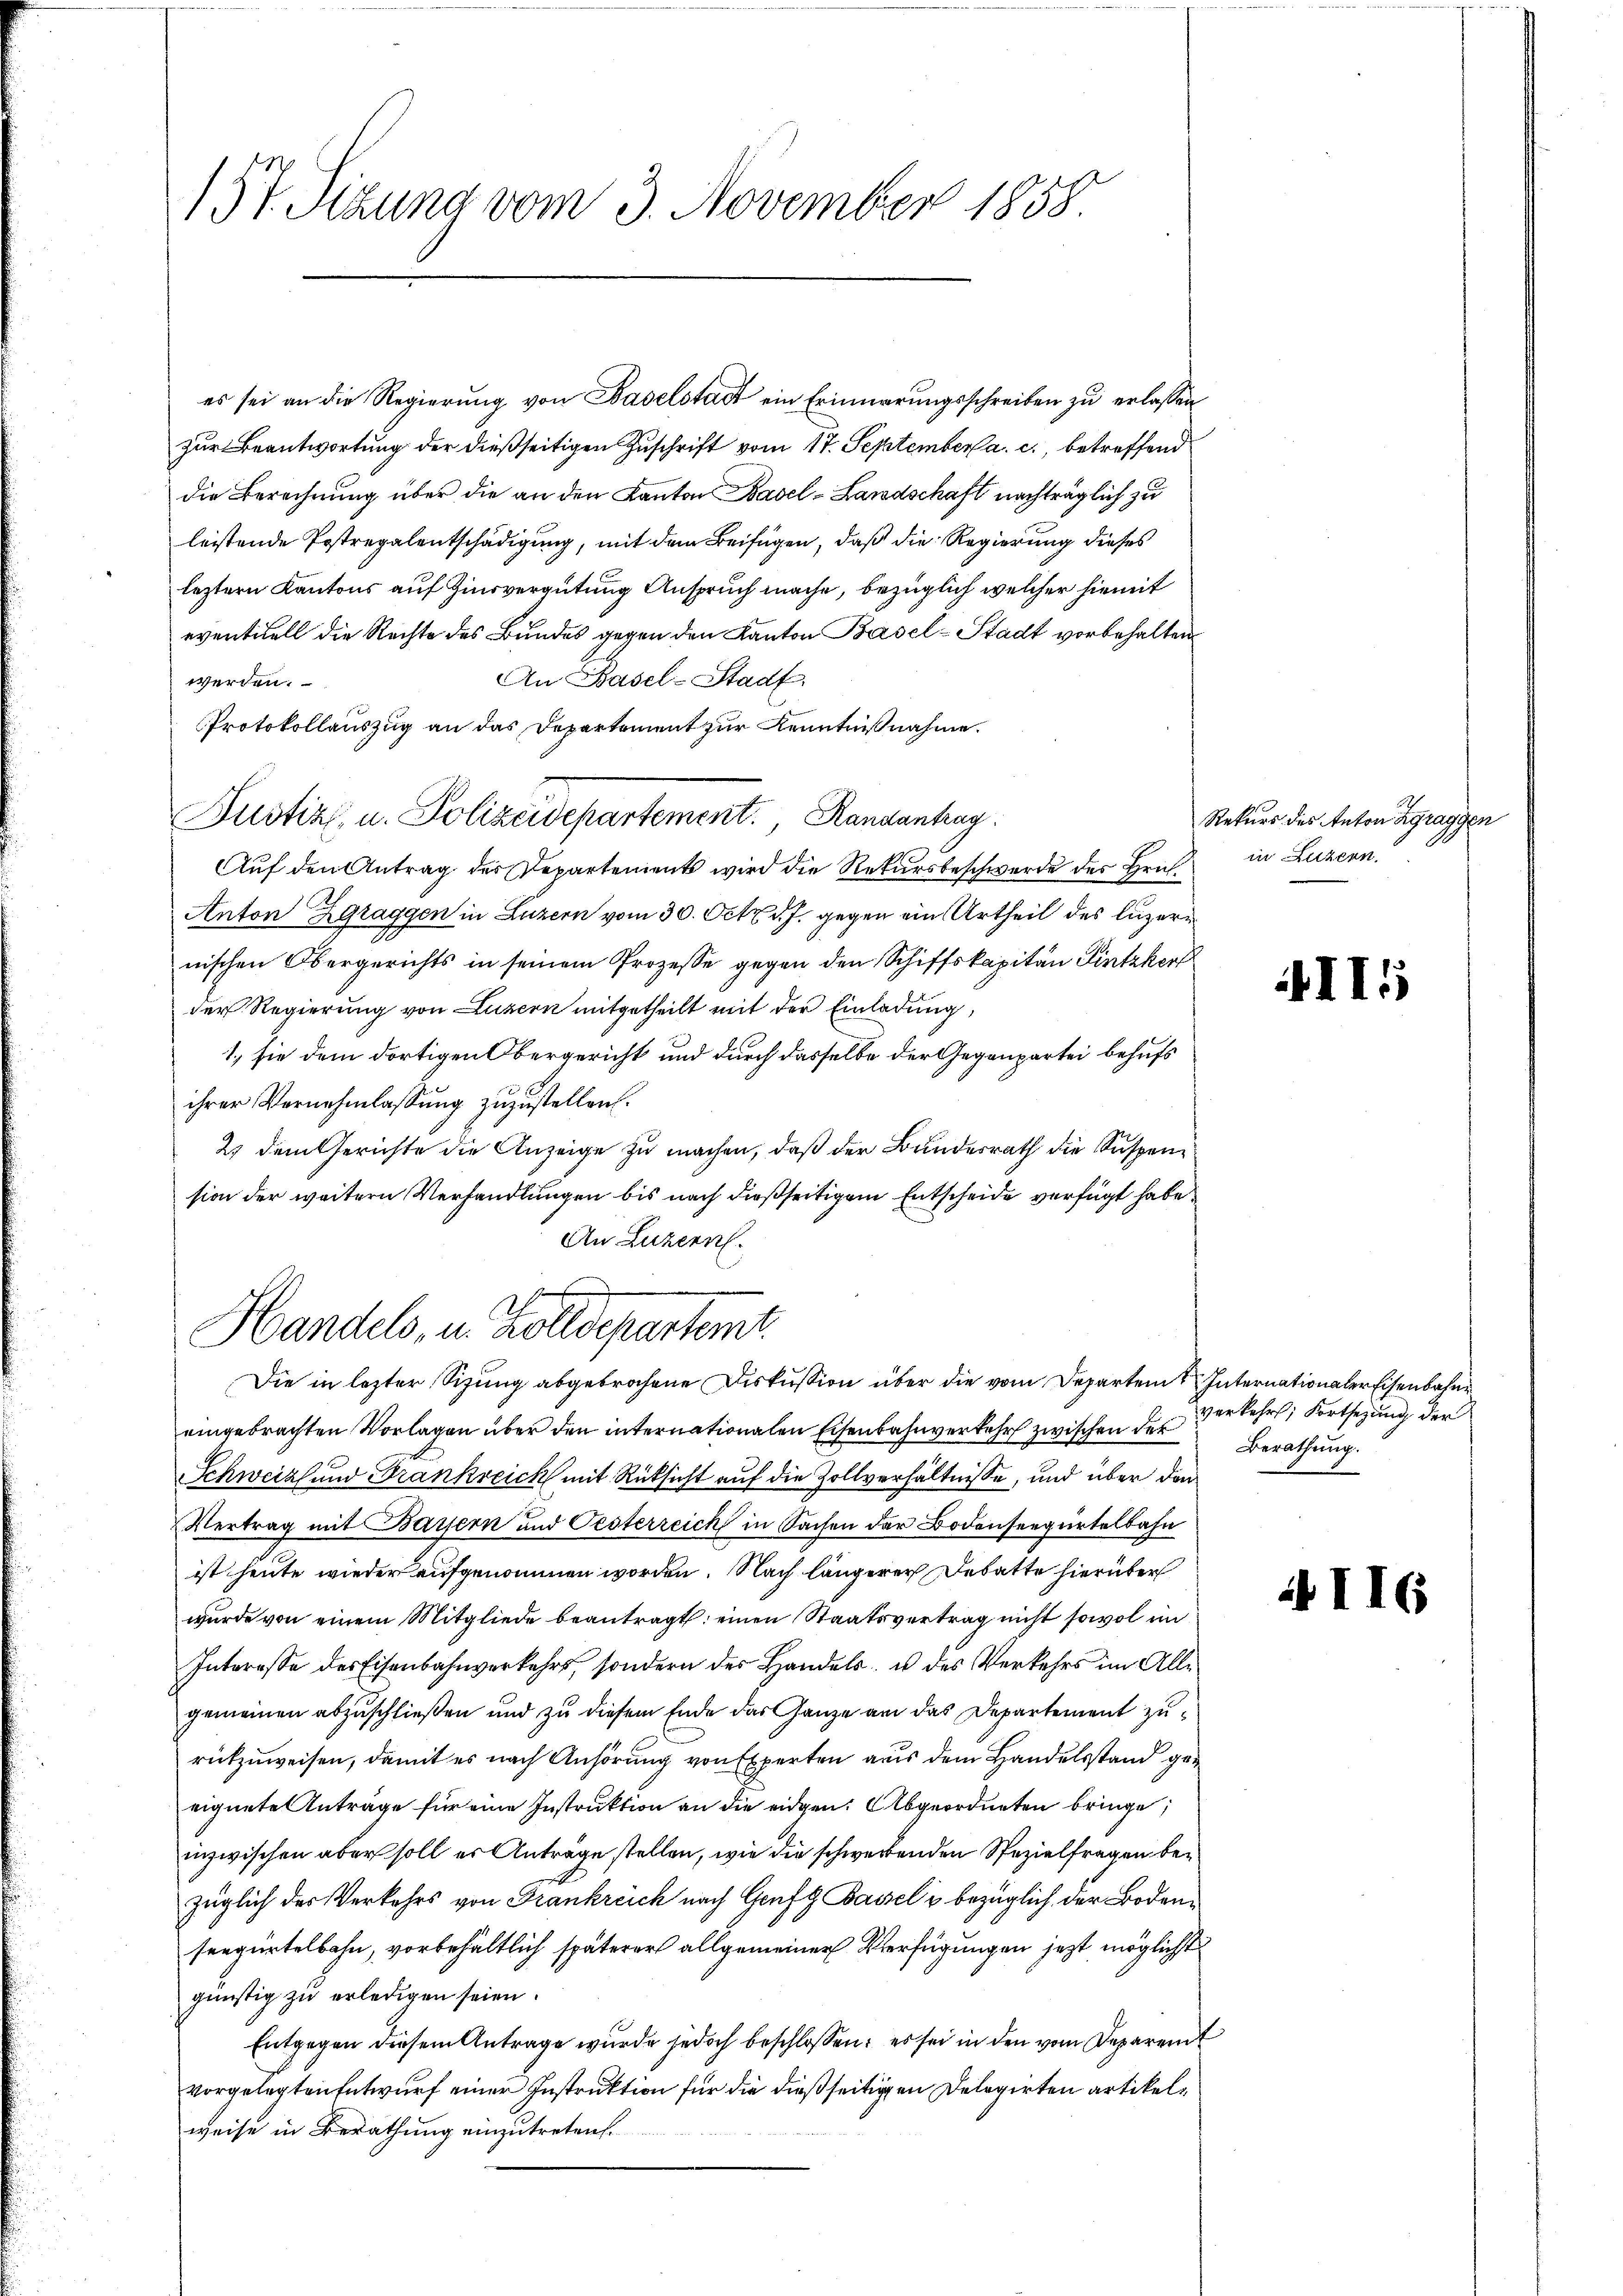
157. Sizung vom 3. November 1858.

es sei an die Regierung von Baselstadt ein Erinnerungsschreiben zu erlassen
zur Beantwortung der dießseitigen Zuschrift vom 17. September a. c., betreffend
die Berechnung über die an den Kanton Basel-Landschaft nachträglich zu
leistende Postregalentschädigung, mit dem Beifügen, daß die Regierung dieses
leztern Kantons auf Zinsvergütung Anspruch mache, bezüglich welcher hiemit
eventuell die Rechte des Bundes gegen den Kanton Basel-Stadt vorbehalten
An Basel-Stadt.
werden.
Protokollauszug an das Departement zur Kenntnißnahme.
Auf den Antrag des Departements wird die Rekursbeschwerde des Hrich¬
Anton Zgraggen in Luzern vom 30. Oct. d. J. gegen ein Urtheil des Luzern
nischen Obergerichts in seinem Prozesse gegen den Schiffskapitän Linthkor
der Regierung von Luzern mitgetheilt mit der Einladung,
1. sie dem dortigen Obergericht und durch dasselbe der Gegenpartei behufs
ihrer Vernehmlassung zuzustellen.
2) dem Gerichte die Anzeige zu machen, daß der Bundesrath die Suspension der weitern Verhandlungen bis nach dießseitigem Entscheide verfügt habe
An Luzern.
Handels, u. Zolldepartemt.
Die in lezter Sizung abgebrochene Diskussion über die vom Departem Internationaler Eisenbahn
eingebrachten Vorlagen über den internationalen Eisenbahnverkehr zwischen der
Schweiz und Frankreich mit Rücksicht auf die Zollverhältnisse, und über den
Vertrag mit Bassern und Pesterreich in Sachen der Bodenseegürtelbahn
ist heute wieder aufgenommen worden. Nach längerer Debatte hierüber
wurde von einem Mitgliede beantragt: einen Staatsvertrag nicht sowol im
Interesse des Eisenbahnverkehrt, sondern der Handels- u des Verkehrs im Alle
gemeinen abzuschließen und zu diesem Ende das Ganze an das Departement zurückzuweisen, damit es nach Anhörung von Experten aus dem Handelsstand geeignete Anträge für eine Instruktion an die eidgen. Abgeordneten bringe
inzwischen aber soll er Anträge stellen, wie die schwerdenden Spezielfragen bezüglich der Verkehrs von Frankreich nach Genf, Bassel u bezüglich der Bodenseegürtelbahn, vorbehältlich späterer allgemeiner Verfügungen jetzt möglichst
günstig zu erledigen seien.
Entgegen diesem Antrage wurde jedoch beschlossen: es sei in den vom Deparent
vorgelegten Entwurf einer Instruktion für die dießseitigen Delegirten artikelweise in Berathung einzutreten.

Bustiz- u. Polizeidepartement. Randantrag

Rekurs des Anton Zgraggen
in Luzern.

II5

verkehrt, Fortsetzung der
Berathung.

24I

16